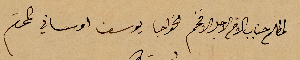
مطلع جناب الأخ الاجل الافخم الخواجا يوسف اوساني المحترم